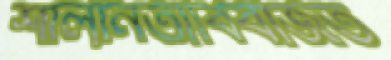
শালীনতাবিবর্জিত